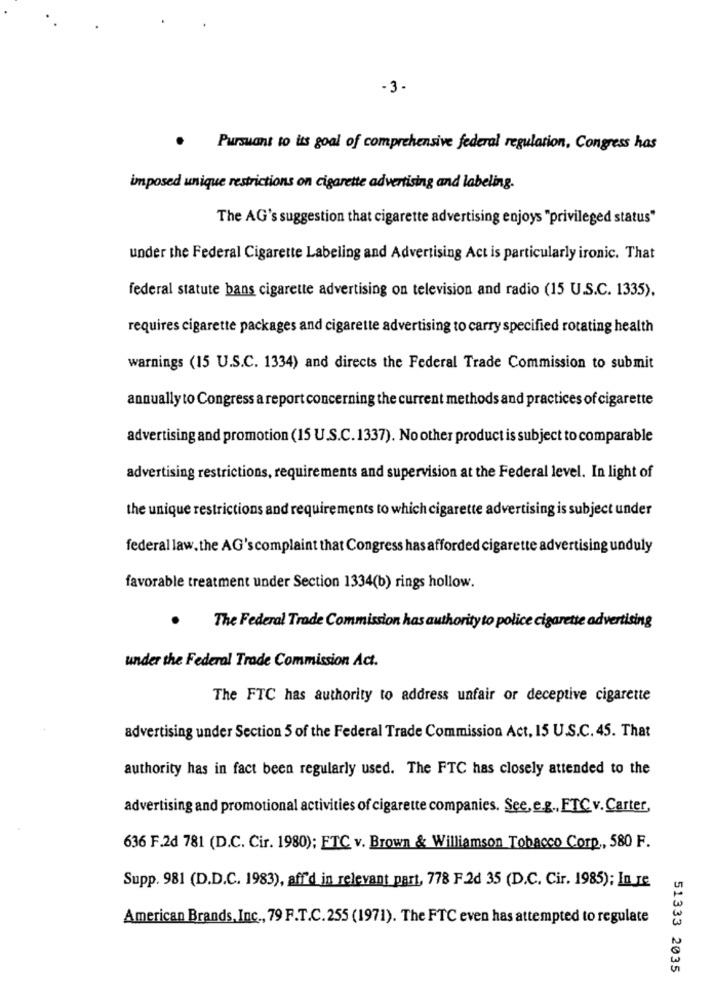
-3-
.
Pursuant to its goal of comprehensive federal regulation, Congress has
imposed unique restrictions on cigarette advertising and labeling.
The AG's suggestion that cigarette advertising enjoys "privileged status"
under the Federal Cigarette Labeling and Advertising Act is particularly ironic. That
federal statute bans cigarette advertising on television and radio (15 U.S.C. 1335).
requires cigarette packages and cigarette advertising to carry specified rotating health
warnings (15 U.S.C. 1334) and directs the Federal Trade Commission to submit
annually to Congress a report concerning the current methods and practices of cigarette
advertising and promotion (15 U.S.C.1337). No other product is subject to comparable
advertising restrictions, requirements and supervision at the Federal level. In light of
the unique restrictions and requirements to which cigarette advertising is subject under
federal law, the AG's complaint that Congress has afforded cigarette advertising unduly
favorable treatment under Section 1334(b) rings hollow.
.
The Federal Trade Commission has authority to police cigarette advertising
under the Federal Trade Commission Act.
The FTC has authority to address unfair or deceptive cigarette
advertising under Section 5 of the Federal Trade Commission Act, 15 U.S.C. 45. That
authority has in fact been regularly used. The FTC has closely attended to the
advertising and promotional activities of cigarette companies. See, e.g ., FTC v. Carter,
636 F.2d 781 (D.C. Cir. 1980); ETC v. Brown & Williamson Tobacco Corp ., 580 F.
Supp. 981 (D.D.C. 1983), aff'd in relevant part, 778 F.2d 35 (D.C. Cir. 1985); In Je
American Brands, Inc ., 79 F.T.C.255 (1971). The FTC even has attempted to regulate
51333 2035